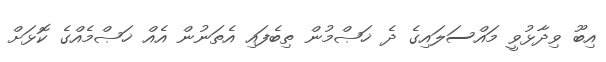
އިބޫ ވިދާޅުވީ މައްސަލައިގެ ދެ ޚަޞްމުން ތިބެފައި އެތަނުން އެއް ޚަޞްމެއްގެ ކޮޅަށް